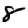
Digit: 8